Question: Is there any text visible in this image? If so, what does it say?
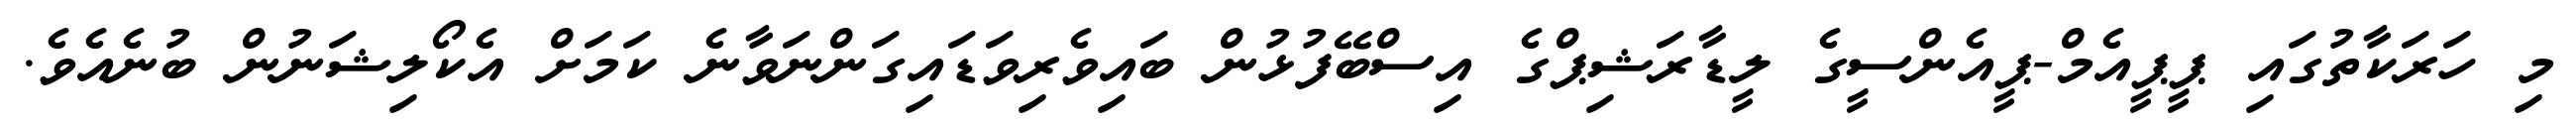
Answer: މި ހަރަކާތުގައި ޕީޕީއެމް-ޕީއެންސީގެ ލީޑާރަޝިޕްގެ އިސްބޭފުޅުން ބައިވެރިވަޑައިގަންނަވާނެ ކަމަށް އެކޯލިޝަނުން ބުނެއެވެ.